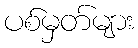
ပစ်မှတ်များ